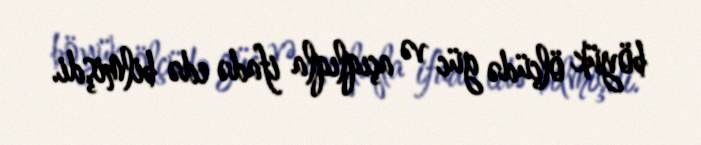
böyük ölçüdə güc və açıqlıqla ifadə edə bilmişdi.